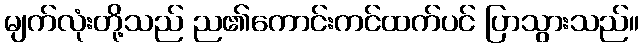
မျက်လုံးတို့သည် ည၏ကောင်းကင်ထက်ပင် ပြာသွားသည်။